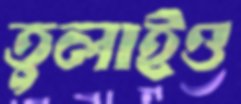
তুলাইও